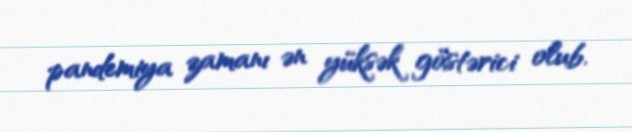
pandemiya zamanı ən yüksək göstərici olub.